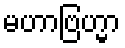
မဟာဗြဟ္မာ